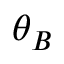
\theta _ { B }